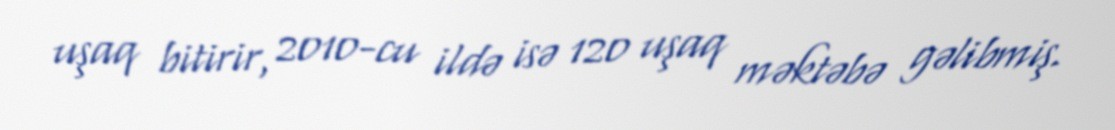
uşaq bitirir, 2010-cu ildə isə 120 uşaq məktəbə gəlibmiş.